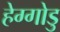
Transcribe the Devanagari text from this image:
हेग्गोडु